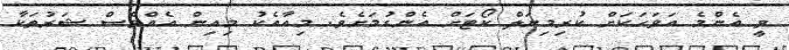
ވީ އެންމެ އަވަހަކަށް ކުރިމިނަލް ކޯޓަށް އެންގުމަށެވެ. މިއާއެކު މިއިން އެއްވެސް ޝަރުތަކާ